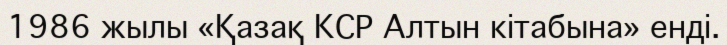
1986 жылы «Қазақ КСР Алтын кітабына» енді.